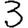
Digit: 3